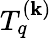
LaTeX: T_{q}^{(\mathbf{k})}